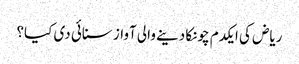
ریاض کی ایکدم چونکا دینے والی آواز سنائی دی کیا؟